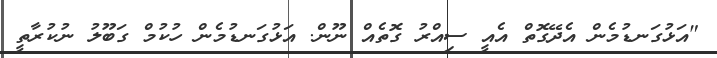
"އަޅުގަނޑުމެން އެދޭގޮތް އެއީ ސިއްރު ގޮތެއް ނޫން. އަޅުގަނޑުމެން ހުކުމް ގަބޫލު ނުކުރާތީ